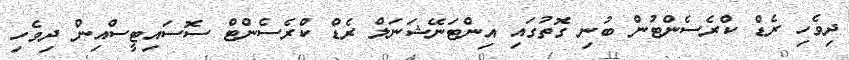
ދިވެހި ރެޑް ކްރެސެންޓުން ބުނި ގޮތުގައި އިންޓަނޭޝަނަލް ރެޑް ކްރެސެންޓް ސޮސައިޓީސްއިން ދިވެހި